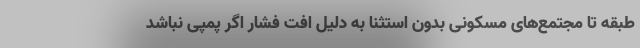
طبقه تا مجتمع‌های مسکونی بدون استثنا به دلیل افت فشار اگر پمپی نباشد